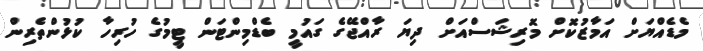
މެޑެއްޔަށް އަމާޒުކޮށް މޮރިޝަސްއަށް ދިޔަ ރާއްޖޭގެ ގައުމީ ބެޑްމިންޓަން ޓީމުގެ ހުރިހާ ކުޅުންތެރިން